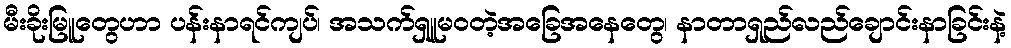
မီးခိုးမြူတွေဟာ ပန်းနာရင်ကျပ်၊ အသက်ရှူမဝတဲ့အခြေအနေတွေ၊ နာတာရှည်လည်ချောင်းနာခြင်းနဲ့